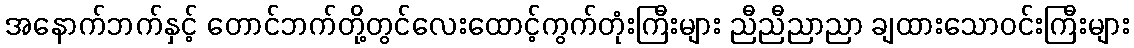
အနောက်ဘက်နှင့် တောင်ဘက်တို့တွင်လေးထောင့်ကွက်တုံးကြီးများ ညီညီညာညာ ချထားသောဝင်းကြီးများ